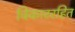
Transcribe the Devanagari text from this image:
विकाररहित